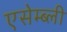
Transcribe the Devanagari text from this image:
एसेम्ब्ली